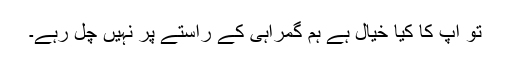
تو آپ کا کیا خیال ہے ہم گمراہی کے راستے پر نہیں چل رہے۔